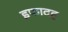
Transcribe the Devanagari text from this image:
इफादह